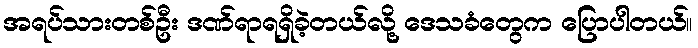
အရပ်သားတစ်ဦး ဒဏ်ရာရရှိခဲ့တယ်လို့ ဒေသခံတွေက ပြောပါတယ်။